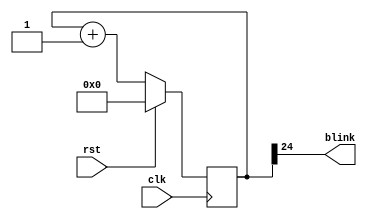
`timescale 1ns / 1ps
//////////////////////////////////////////////////////////////////////////////////
// Company: 
// Engineer: 
// 
// Design Name: 
// Module Name:    blinker 
// Project Name: 
// Target Devices: 
// Tool versions: 
// Description: 
//
// Dependencies: 
//
// Revision: 
// Revision 0.01 - File Created
// Additional Comments: 
//
//////////////////////////////////////////////////////////////////////////////////
module blinker(
	 input clk,
	 input rst,
	 output blink
    );
	 
	 reg [24:0] counter_d, counter_q;

	assign blink = counter_q[24];
	
	always @(counter_q) begin
	  counter_d = counter_q + 1'b1;
	end
	
	always @(posedge clk) begin
	  if (rst) begin
		 counter_q <= 25'b0;
	  end else begin
		 counter_q <= counter_d;
	  end
	end

endmodule